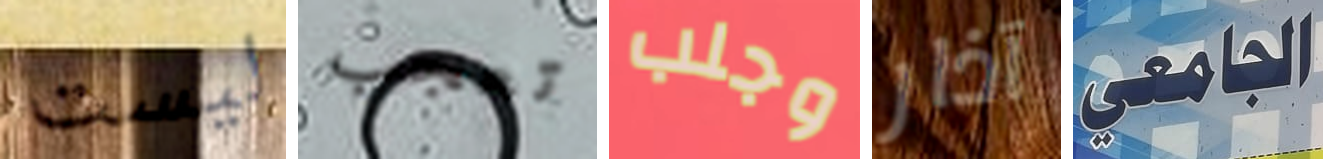
ليست تعجب وجلب آذار الجامعي